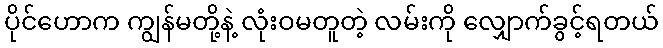
ပိုင်ဟောက ကျွန်မတို့နဲ့ လုံးဝမတူတဲ့ လမ်းကို လျှောက်ခွင့်ရတယ်